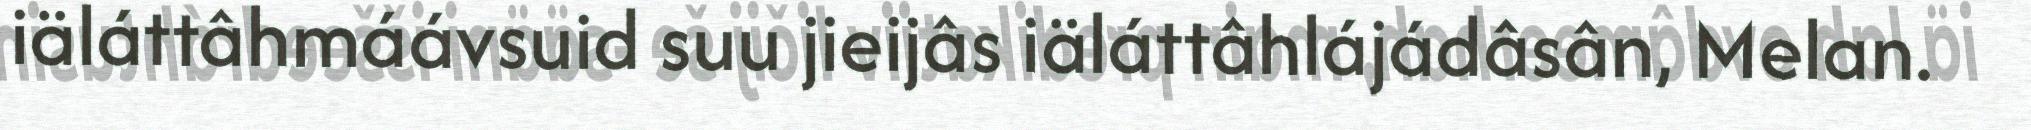
iäláttâhmáávsuid suu jieijâs iäláttâhlájádâsân, Melan.